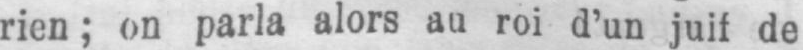
rien; on parla alors au roi d’un juif de